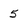
Character: 5